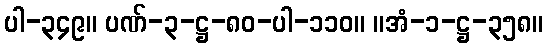
ပါ-၃၄၉။ ပဏ်-၃-ဋ္ဌ-၈၀-ပါ-၁၁၀။ ။အံ-၁-ဋ္ဌ-၃၅၈။